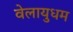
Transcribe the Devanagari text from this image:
वेलायुधम